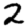
Digit: 2